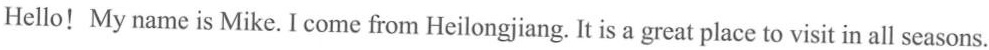
Hello!My name is Mike.I come from Heilongjiang. It is a great place to visit in all seasons.